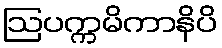
ဩပက္ကမိကာနိပိ